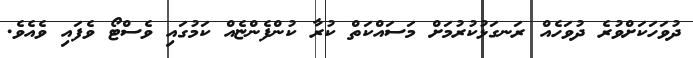
ދުވަހަކަށްވުރެ ދުވަހެއް ރަނގަޅުކުރުމަށް މަސައްކަތް ކުރާ ކުންފެންޏެއް ކަމުގައި ވެސްޓޯ ވެފައި ވެއެވެ.